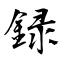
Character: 録